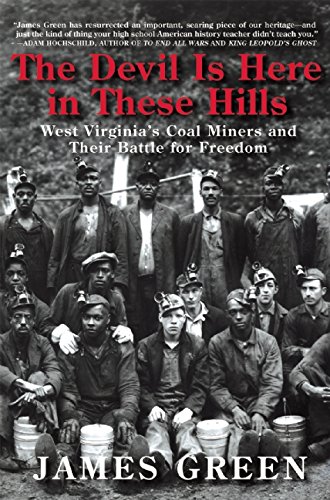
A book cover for The Devil Is Here in These Hills: West Virginia's Coal Miners and Their Battle for Freedom; James Green; Business & Money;